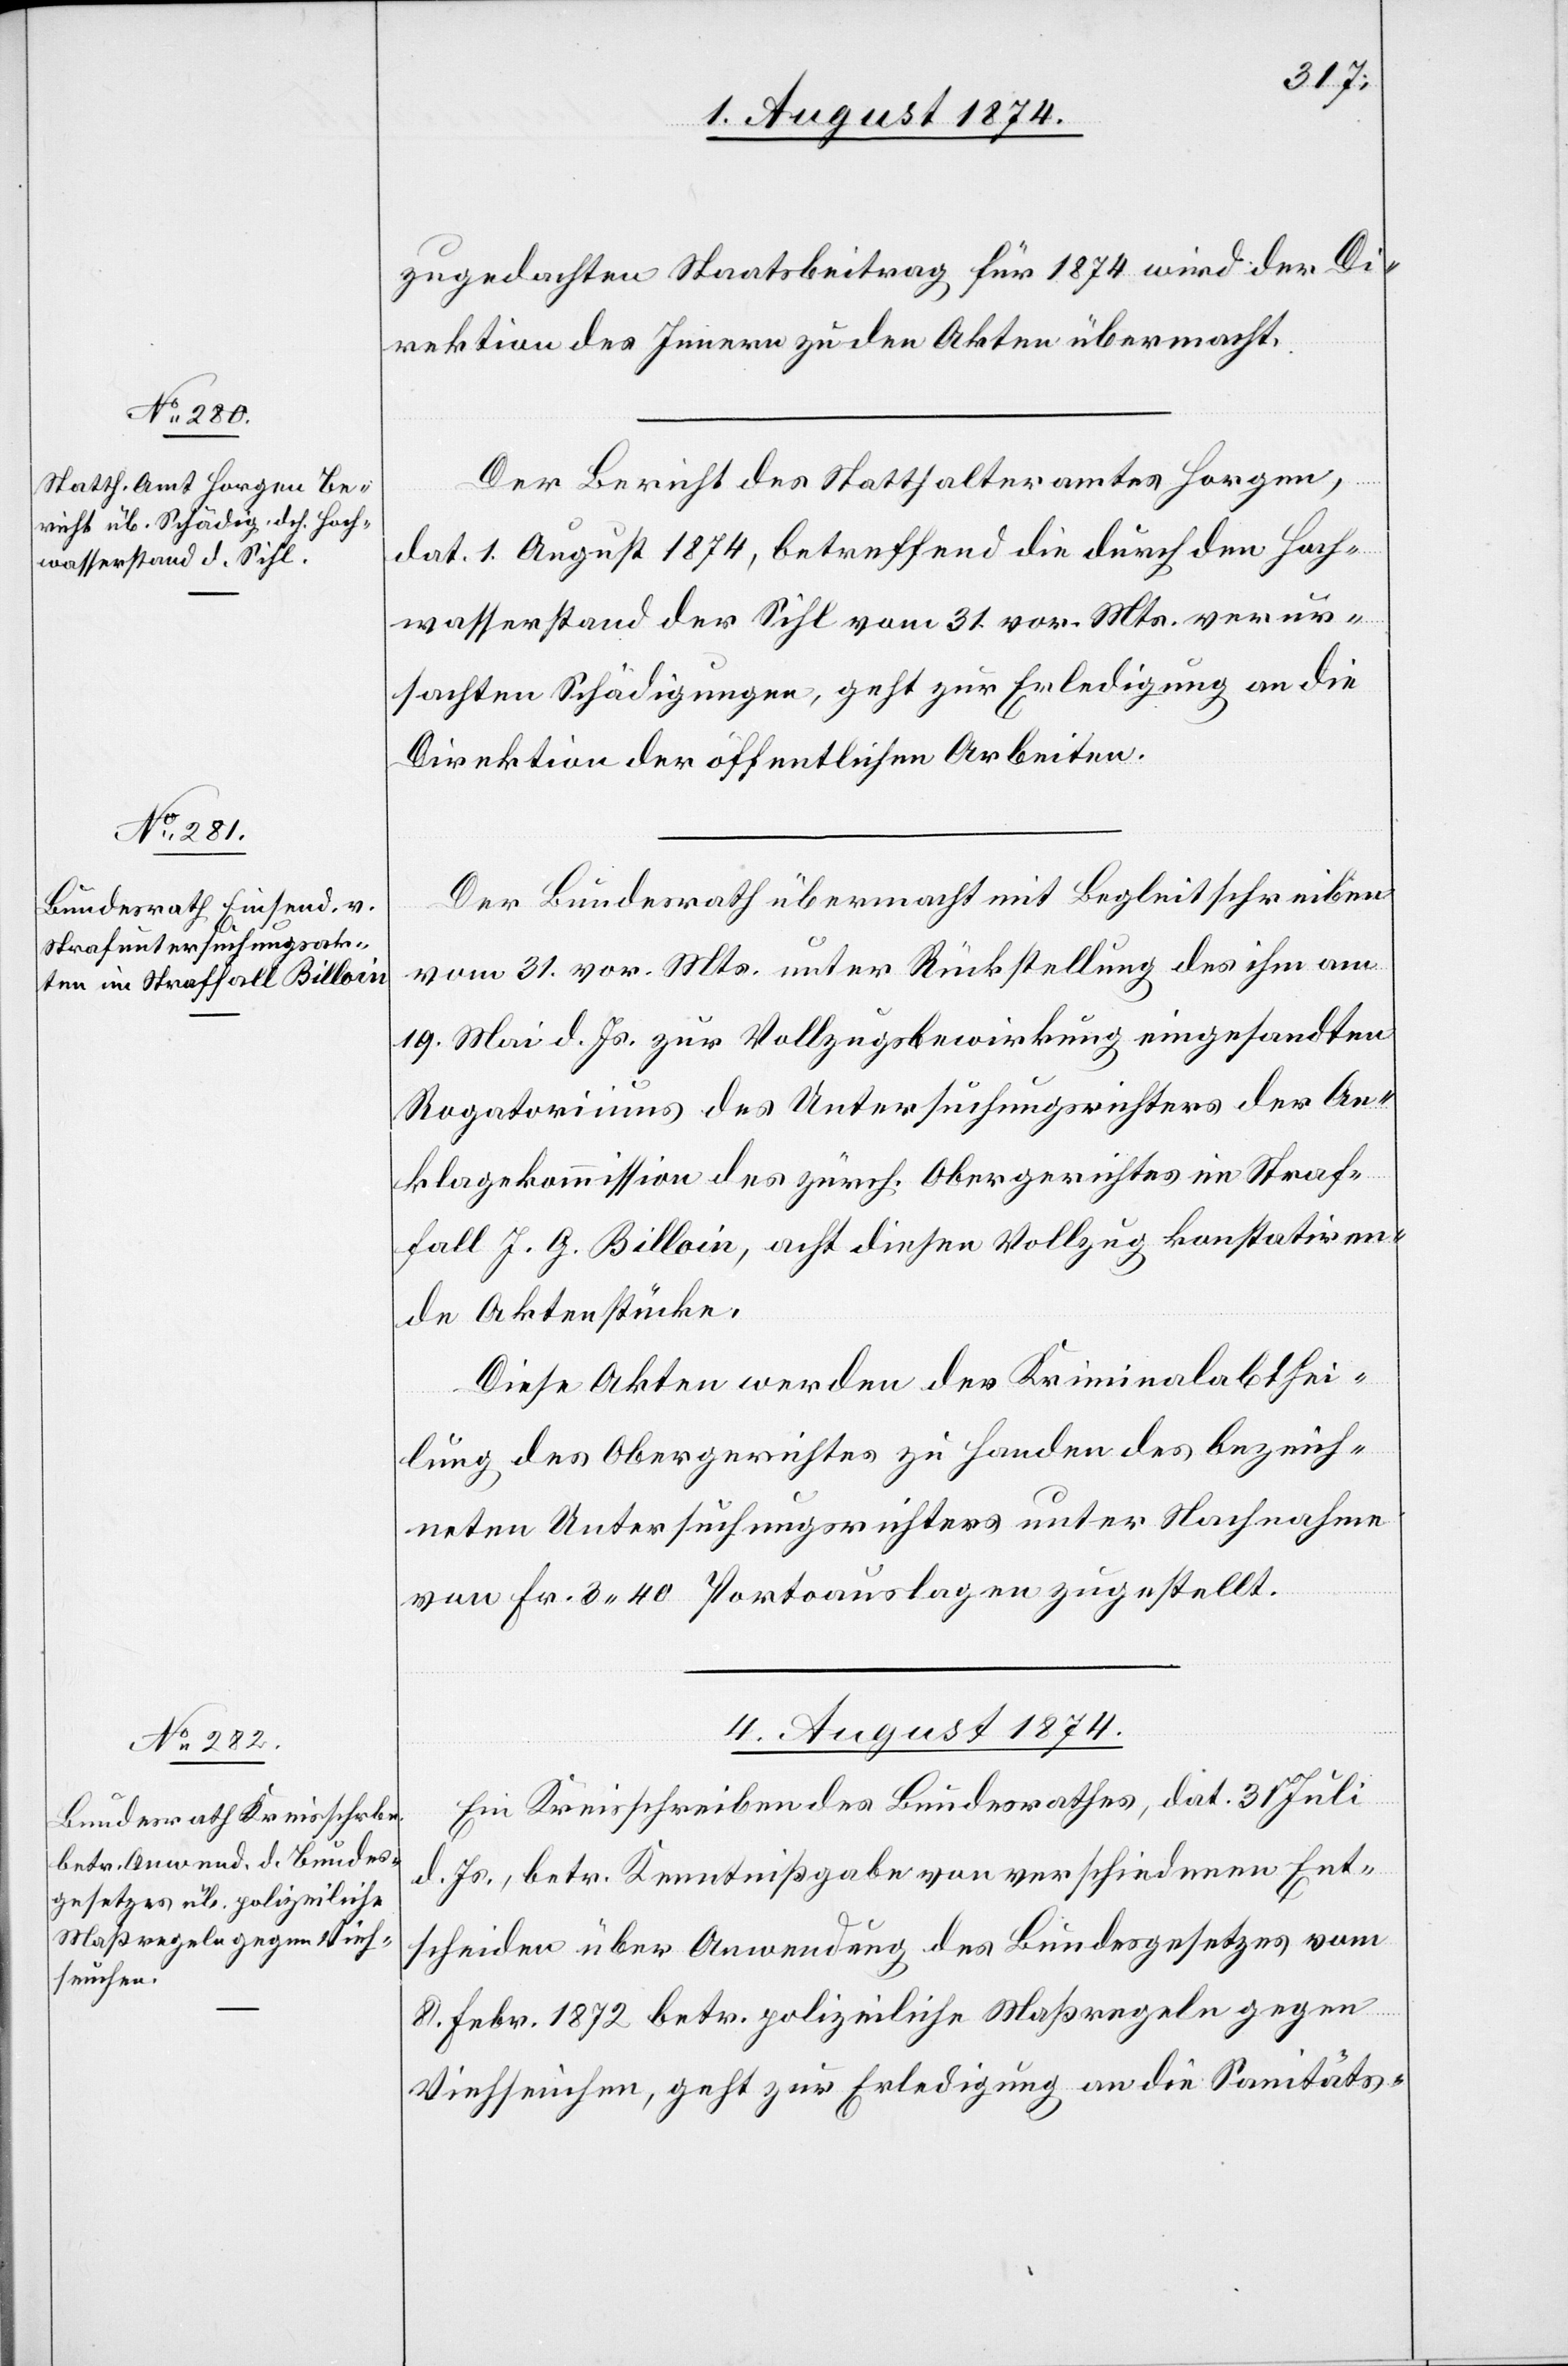
zugedachten Staatsbeitrag für 1874 wird der Di¬
rektion des Innern zu den Akten übermacht.
Der Bericht des Statthalteramtes Horgen,
dat. 1. August 1874, betreffend die durch den Hoch¬
wasserstand der Sihl vom 31. vor. Mts. verur¬
sachten Schädigungen, geht zur Erledigung an die
Direktion der öffentlichen Arbeiten.
Der Bundesrath übermacht mit Begleitschreiben
vom 31. vor. Mts. unter Rückstellung des ihm am
19. Mai d. Js. zur Vollzugsbewirkung eingesandten
Rogatoriums des Untersuchungsrichters der An¬
klagekommission des zürch. Obergerichtes im Straf¬
fall J. G. Billoin, acht diesen Vollzug konstatiren¬
de Aktenstücke.
Diese Akten werden der Kriminalabthei¬
lung des Obergerichtes zu Handen des bezeich¬
neten Untersuchungsrichters unter Nachnahme
von Fr. 3.40 Portoauslagen zugestellt.
4. August 1874.
Ein Kreisschreiben des Bundesrathes, dat. 31. Juli
d. Js., betr. Kenntnißgabe von verschiedenen Ent¬
scheiden über Anwendung des Bundesgesetzes vom
8. Febr. 1872 betr. polizeiliche Maßregeln gegen
Viehseuchen, geht zur Erledigung an die Sanitäts-